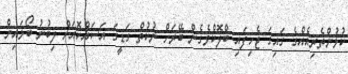
ކުޅުންތެރިއެއްގެ ގައިގަ ޖެހިފައި ބްލޮކްވެގެން ބޭރަށް ނުކުތް ގަޑީގަ އަސައްކޮއަށް ލިބުނު ބޯޅައިން